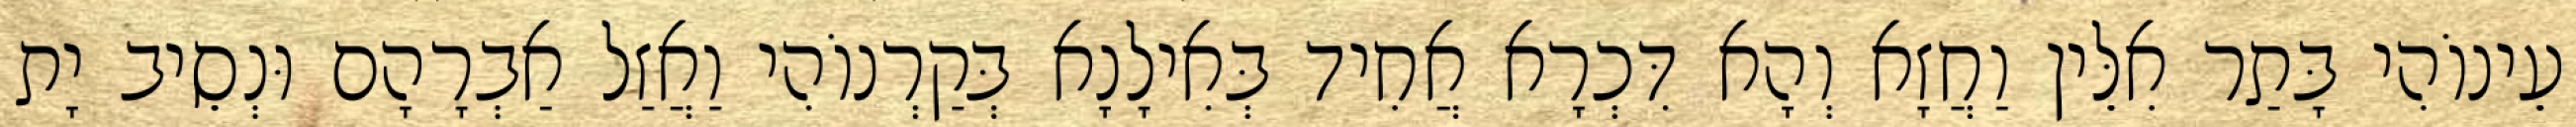
עֵינוֹהִי בָּתַר אִלֵּין וַחֲזָא וְהָא דִּכְרָא אֲחִיד בְּאִילָנָא בְּקַרְנוֹהִי וַאֲזַל אַבְרָהָם וּנְסֵיב יָת